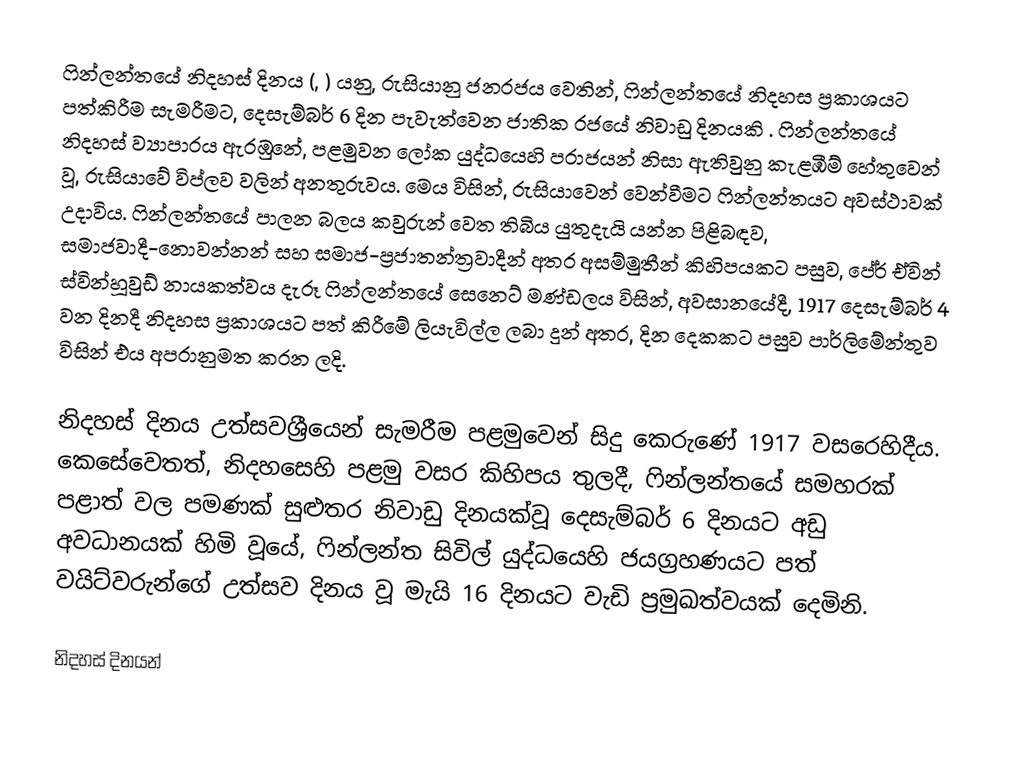
ෆින්ලන්තයේ  නිදහස් දිනය (, ) යනු,  රුසියානු ජනරජය වෙතින්, ෆින්ලන්තයේ නිදහස ප්‍රකාශයට පත්කිරීම සැමරීමට, දෙසැම්බර් 6 දින පැවැත්වෙන ජාතික රජයේ නිවාඩු දිනයකි . ෆින්ලන්තයේ නිදහස් ව්‍යාපාරය ඇරඹුනේ, පළමුවන ලෝක යුද්ධයෙහි පරාජයන් නිසා ඇතිවුනු කැළඹීම් හේතුවෙන් වූ, රුසියාවේ විප්ලව වලින් අනතුරුවය. මෙය විසින්, රුසියාවෙන් වෙන්වීමට ෆින්ලන්තයට අවස්ථාවක් උදාවිය. ෆින්ලන්තයේ පාලන බලය කවුරුන් වෙත තිබිය යුතුදැයි යන්න පිළිබඳව, සමාජවාදී-නොවන්නන් සහ සමාජ-ප්‍රජාතන්ත්‍රවාදීන් අතර අසම්මුතීන් කිහිපයකට පසුව,  පේර් ඒවින් ස්වින්හූවුඩ් නායකත්වය දැරූ ෆින්ලන්තයේ සෙනෙට් මණ්ඩලය විසින්,  අවසානයේදී, 1917 දෙසැම්බර් 4 වන දිනදී නිදහස ප්‍රකාශයට පත් කිරීමේ ලියැවිල්ල ලබා දුන් අතර, දින දෙකකට පසුව පාර්ලිමේන්තුව විසින් එය අපරානුමත කරන ලදි.

නිදහස් දිනය උත්සවශ්‍රීයෙන් සැමරීම පළමුවෙන් සිදු කෙරුණේ 1917 වසරෙහිදීය. කෙසේවෙතත්, නිදහසෙහි පළමු වසර කිහිපය තුලදී, ෆින්ලන්තයේ සමහරක් පළාත් වල පමණක් සුළුතර නිවාඩු දිනයක්වූ දෙසැම්බර් 6 දිනයට අඩු අවධානයක් හිමි වූයේ,  ෆින්ලන්ත සිවිල් යුද්ධයෙහි ජයග්‍රහණයට පත් වයිට්වරුන්ගේ උත්සව දිනය වූ මැයි 16 දිනයට වැඩි ප්‍රමුඛත්වයක් දෙමිනි.

නිදහස් දිනයන්